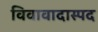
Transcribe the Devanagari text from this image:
विवावादास्पद